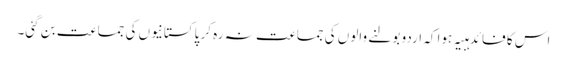
اس کا فائدہبیہ ہوا کہ اردو بولنے والوں کی جماعت نہ رہ کر پاکستانیوں کی جماعت بن گئی۔